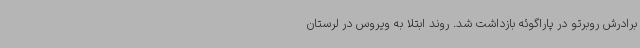
برادرش روبرتو در پاراگوئه بازداشت شد. روند ابتلا به ویروس در لرستان